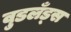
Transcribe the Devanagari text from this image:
वुडलँड्स